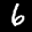
Label: 6